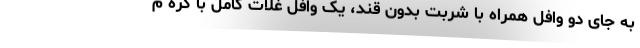
به جای دو وافل همراه با شربت بدون قند، یک وافل غلات کامل با کره م